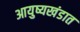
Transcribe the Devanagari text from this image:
आयुष्यखंडात